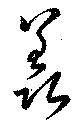
羨